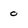
Character: 0